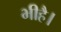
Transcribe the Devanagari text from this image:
भीहै।